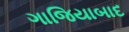
ગાજિયાબાદ